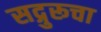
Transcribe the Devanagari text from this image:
सद्गुरूचा